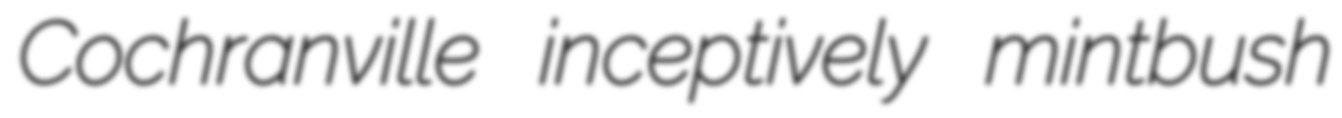
Cochranville inceptively mintbush